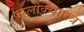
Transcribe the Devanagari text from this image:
परलोकशास्त्र